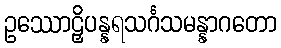
ဥဿောဠှိပန္နရသင်္ဂသမန္နာဂတော